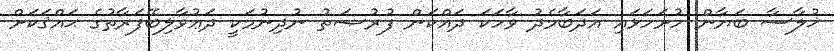
ޚުލާސާ ބަޔާން ހުށަހަޅައި އަދަބާމެދު ވާހަކަ ދައްކަން ފުރުޞަތު ނުދިނުމަކީ ދަޢުވާލިބޭފަރާތުގެ ޙައްޤަކަށް